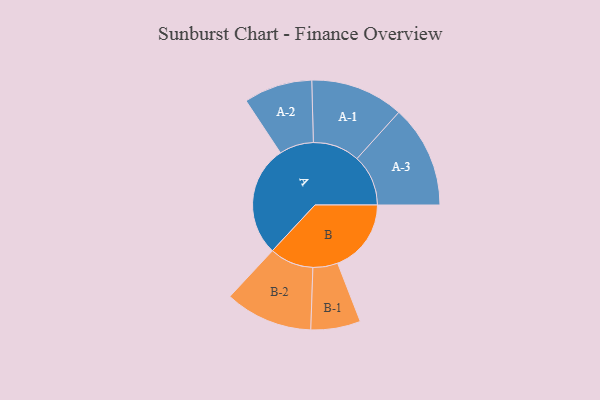
{"axis": {"x": "Segment", "y": "Value"}, "legend": ["", "A", "B"], "data": [{"x": "A", "y": 482, "type": ""}, {"x": "B", "y": 320, "type": ""}, {"x": "A-1", "y": 203, "type": "A"}, {"x": "A-2", "y": 149, "type": "A"}, {"x": "A-3", "y": 223, "type": "A"}, {"x": "B-1", "y": 108, "type": "B"}, {"x": "B-2", "y": 191, "type": "B"}]}